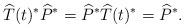
LaTeX: \begin{align*} \widehat{T}(t)^*\widehat{P}^* = \widehat{P}^*\widehat{T}(t)^* = \widehat{P}^*. \end{align*}